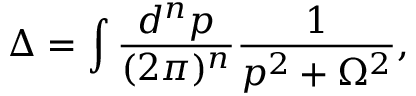
\Delta = \int \frac { d ^ { n } p } { ( 2 \pi ) ^ { n } } \frac { 1 } { p ^ { 2 } + \Omega ^ { 2 } } ,